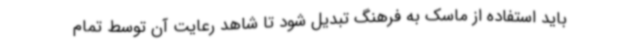
باید استفاده از ماسک به فرهنگ تبدیل شود تا شاهد رعایت آن توسط تمام